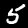
Digit: 5